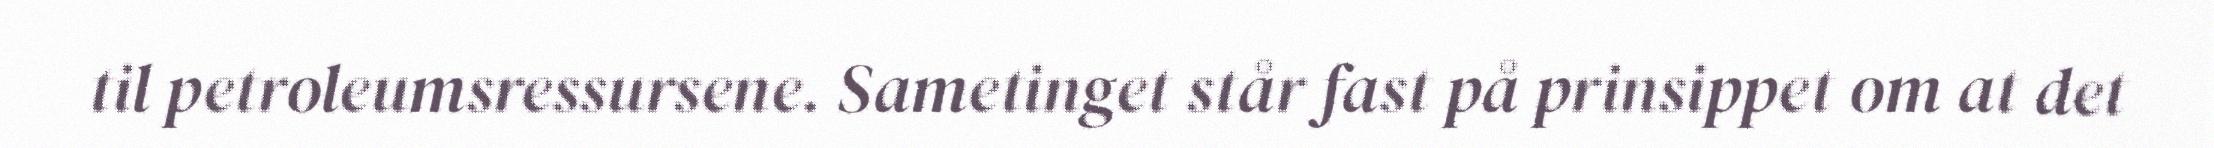
til petroleumsressursene. Sametinget står fast på prinsippet om at det